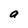
Character: a